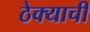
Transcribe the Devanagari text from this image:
ठेक्याची